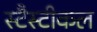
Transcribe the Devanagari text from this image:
स्टैस्टीकल